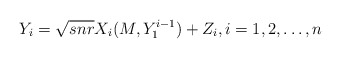
\begin{align*} Y_i=\sqrt{snr} X_i(M, Y_1^{i-1})+Z_i,i=1, 2, \ldots, n\end{align*}